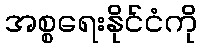
အစ္စရေးနိုင်ငံကို